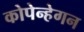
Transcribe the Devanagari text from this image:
कोपेन्हेगन